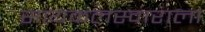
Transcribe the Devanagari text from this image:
सायकलस्वाराला